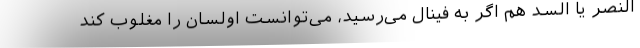
النصر یا السد هم اگر به فینال مى‌رسید، مى‌توانست اولسان را مغلوب کند